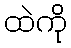
ထဲကို